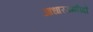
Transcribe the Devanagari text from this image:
आधारउम्मीदों